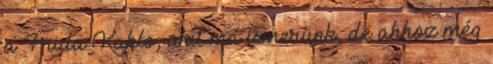
a Frida Kahlo, akit ma ismerünk, de ahhoz még